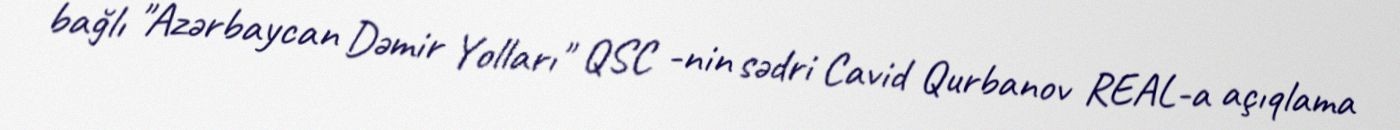
bağlı "Azərbaycan Dəmir Yolları" QSC -nin sədri Cavid Qurbanov REAL-a açıqlama